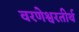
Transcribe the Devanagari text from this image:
वरणेश्वरतीर्थ